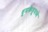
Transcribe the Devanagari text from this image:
धूमकेतूमध्ये